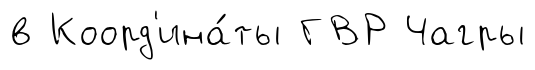
в Коорд'ина́ты ГВР Чагры